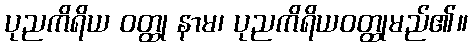
ပုညကိရိယ ဝတ္ထု နာမ၊ ပုညကိရိယဝတ္ထုမည်၏။